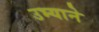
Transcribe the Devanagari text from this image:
उभ्याने